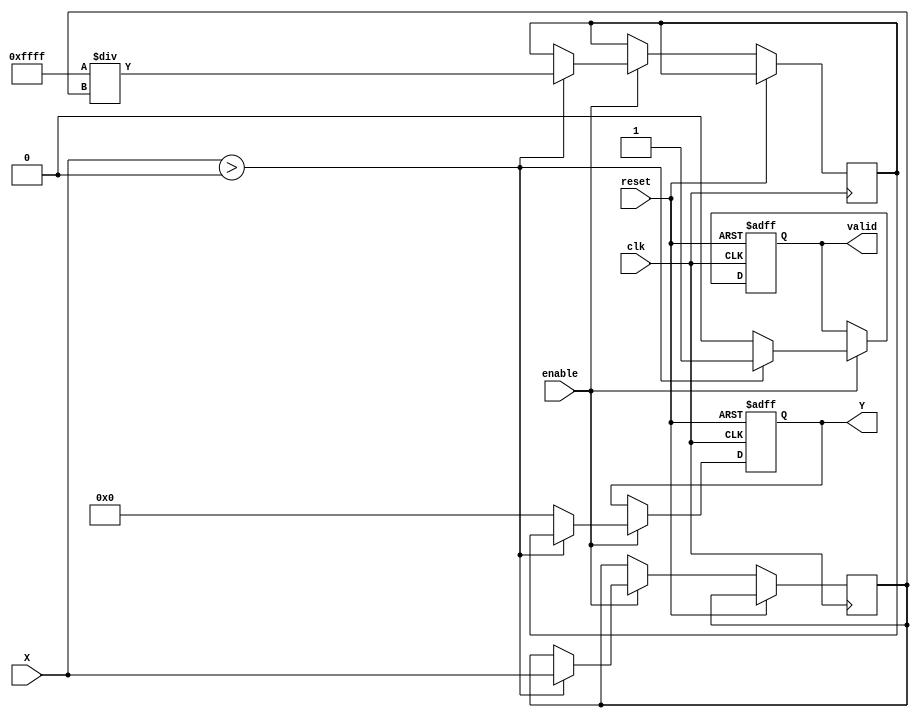
module approx_reciprocal(
    input  wire        clk,          // Clock signal
    input  wire        reset,        // Reset signal
    input  wire        enable,       // Enable signal for computation
    input  wire [15:0] X,            // Input value (fixed-point, 16 bits)
    output reg  [15:0] Y,            // Output value (approximate reciprocal, 16 bits)
    output reg         valid          // Output valid signal
);

// Internal signal for normalization and approximation
reg [15:0] normalized_X;
reg [15:0] approx_result;

always @(posedge clk or posedge reset) begin
    if (reset) begin
        Y <= 16'b0;
        valid <= 1'b0;
    end else if (enable) begin
        // Input normalization (ensure X > 0)
        if (X > 0) begin
            normalized_X <= X;

            // Approximation logic (simple polynomial approximation for 1/X)
            // Example: 1/X  a0 + a1*X + a2*X^2 (using arbitrary coefficients)
            // Here we choose coefficients for a simple approximation
            // This is a placeholder for an actual approximation logic

            // For simplicity, we can consider:
            // 1/X  (some constant) / X
            // Let's assume we use a constant multiplier for a quick approximation
            approx_result <= 16'hFFFF / normalized_X; // Simple reciprocal using division

            // Scale the result if necessary (optional)
            Y <= approx_result; // Direct assignment for simplicity
            valid <= 1'b1; // Indicate output is valid
        end else begin
            Y <= 16'b0; // Output zero if input is invalid
            valid <= 1'b0; // Indicate output is invalid
        end
    end
end

endmodule